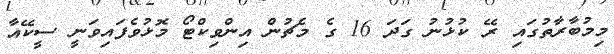
މިމުބާރާތުގައި ރޭ ކުޅުނު ގަދަ 16 ގެ މެޗުން އިންވިކްޓޯ މޮޅުވެފައިވަނީ ސީކޭއާ